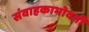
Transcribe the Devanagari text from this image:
संवाहकाभोवती